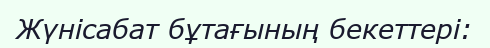
Жүнісабат бұтағының бекеттері: